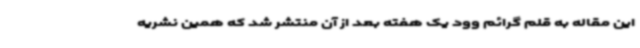
این مقاله به قلم گرائم وود یک هفته بعد از آن منتشر شد که همین نشریه